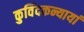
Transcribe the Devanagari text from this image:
कुविंदकन्यायां